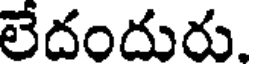
లేదందురు.